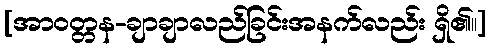
[အာဝတ္တန-ချာချာလည်ခြင်းအနက်လည်း ရှိ၏။]